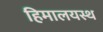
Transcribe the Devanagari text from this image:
हिमालयस्थ